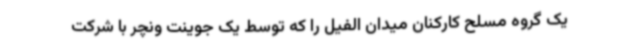
یک گروه مسلح کارکنان میدان الفیل را که توسط یک جوینت ونچر با شرکت